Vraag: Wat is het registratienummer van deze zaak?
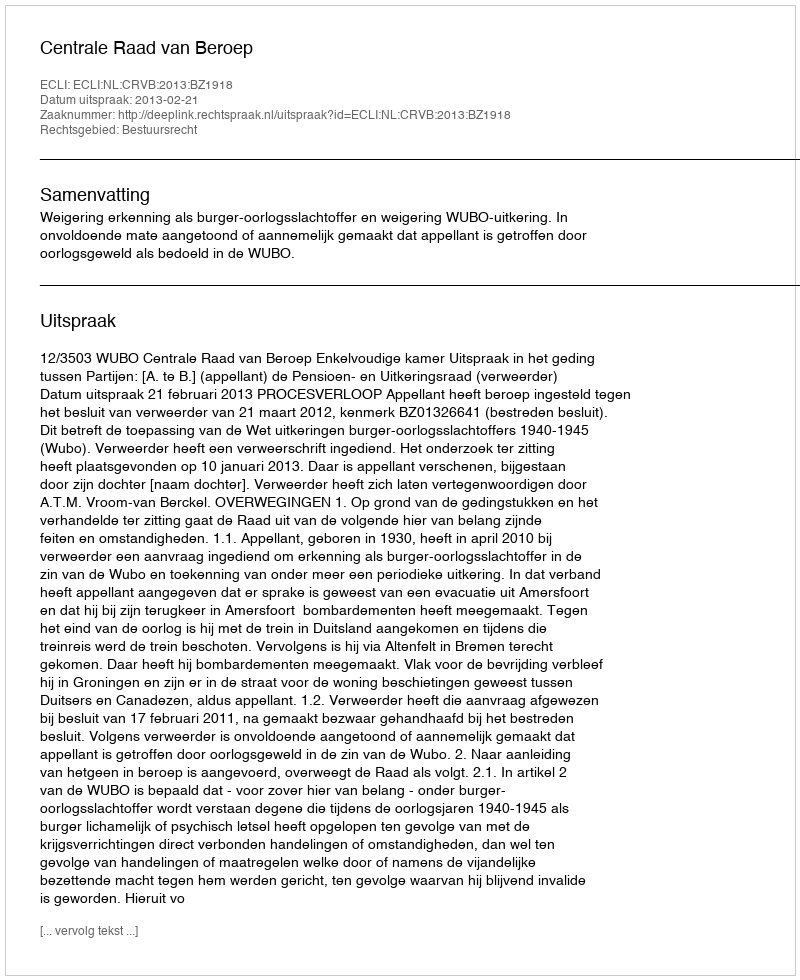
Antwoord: http://deeplink.rechtspraak.nl/uitspraak?id=ECLI:NL:CRVB:2013:BZ1918